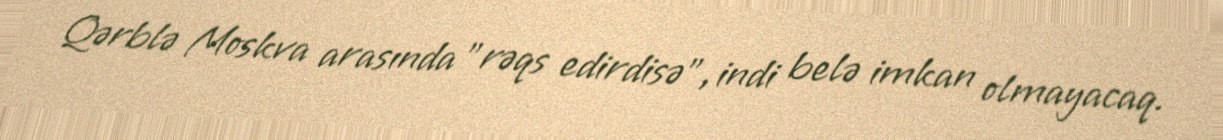
Qərblə Moskva arasında "rəqs edirdisə", indi belə imkan olmayacaq.